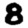
Digit: 8